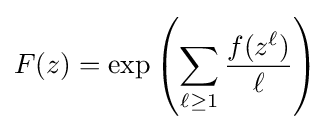
F(z)=\exp \left(\sum _{\ell \geq 1}{\frac {f(z^{\ell })}{\ell }}\right)